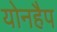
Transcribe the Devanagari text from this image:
योनहैप